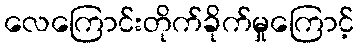
လေကြောင်းတိုက်ခိုက်မှုကြောင့်